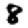
Digit: 8